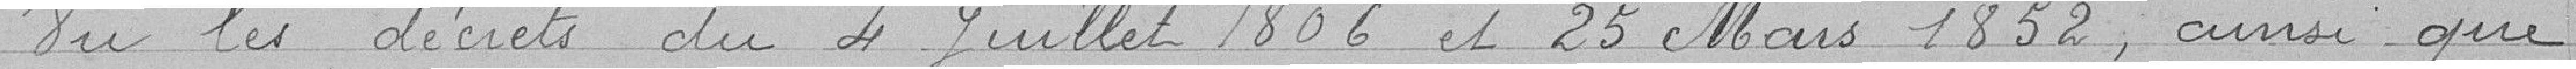
Vu les décrets du 4 juillet 1806 et 25 Mars 1852, ainsi que